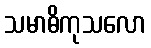
သမာဓိကုသလော